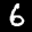
Label: 6